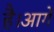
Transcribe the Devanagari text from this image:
है।आगे